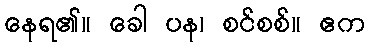
နေရ၏။ ခေါ ပန၊ စင်စစ်။ ဧက